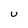
Character: u